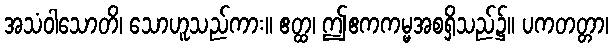
အသံဝါသောတိ၊ သောဟူသည်ကား။ ဧတ္ထ၊ ဤဧကကမ္မအစရှိသည်၌။ ပကတတ္တာ၊